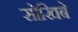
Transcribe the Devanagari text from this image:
सोखिबे